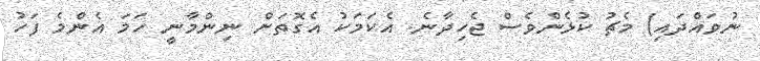
ނުވައްދައި) މެޗު ކުޅެންވެސް ޖެހިދާނެ. އެކަމަކު އެގޮތަށް ނިންމާނީ ހަމަ އެންމެ ފަހު